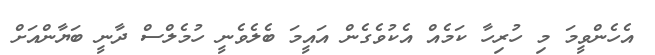
އެހެންވީމަ މި ހުރިހާ ކަމެއް އެކުވެގެން އައީމަ ބެލެވެނީ ހުމެލްސް ދާނީ ބަޔާންއަށް